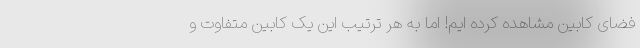
فضای کابین مشاهده کرده ایم! اما به هر ترتیب این یک کابین متفاوت و